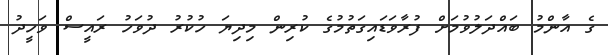
ގެ އާންމު ބައްދަލުވުމަށް ފުރާވަޑައިގަތުމުގެ ކުރިން މިދިޔަ ހުކުރު ދުވަހު ރައީސް ވަހީދު